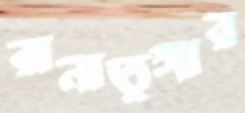
রানাতুঙ্গার